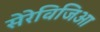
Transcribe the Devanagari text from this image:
सेरेविजिआ